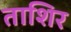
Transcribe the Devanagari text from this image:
ताशिर